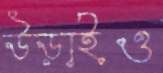
উড়াইও